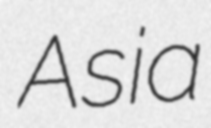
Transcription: Asia